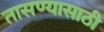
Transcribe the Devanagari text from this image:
तासण्यासाठी